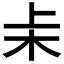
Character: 𬂞